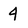
Character: 4